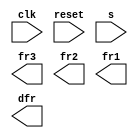
module top_module (
    input clk,
    input reset,
    input [3:1] s,
    output fr3,
    output fr2,
    output fr1,
    output dfr
); 



endmodule